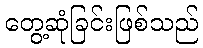
တွေ့ဆုံခြင်းဖြစ်သည်